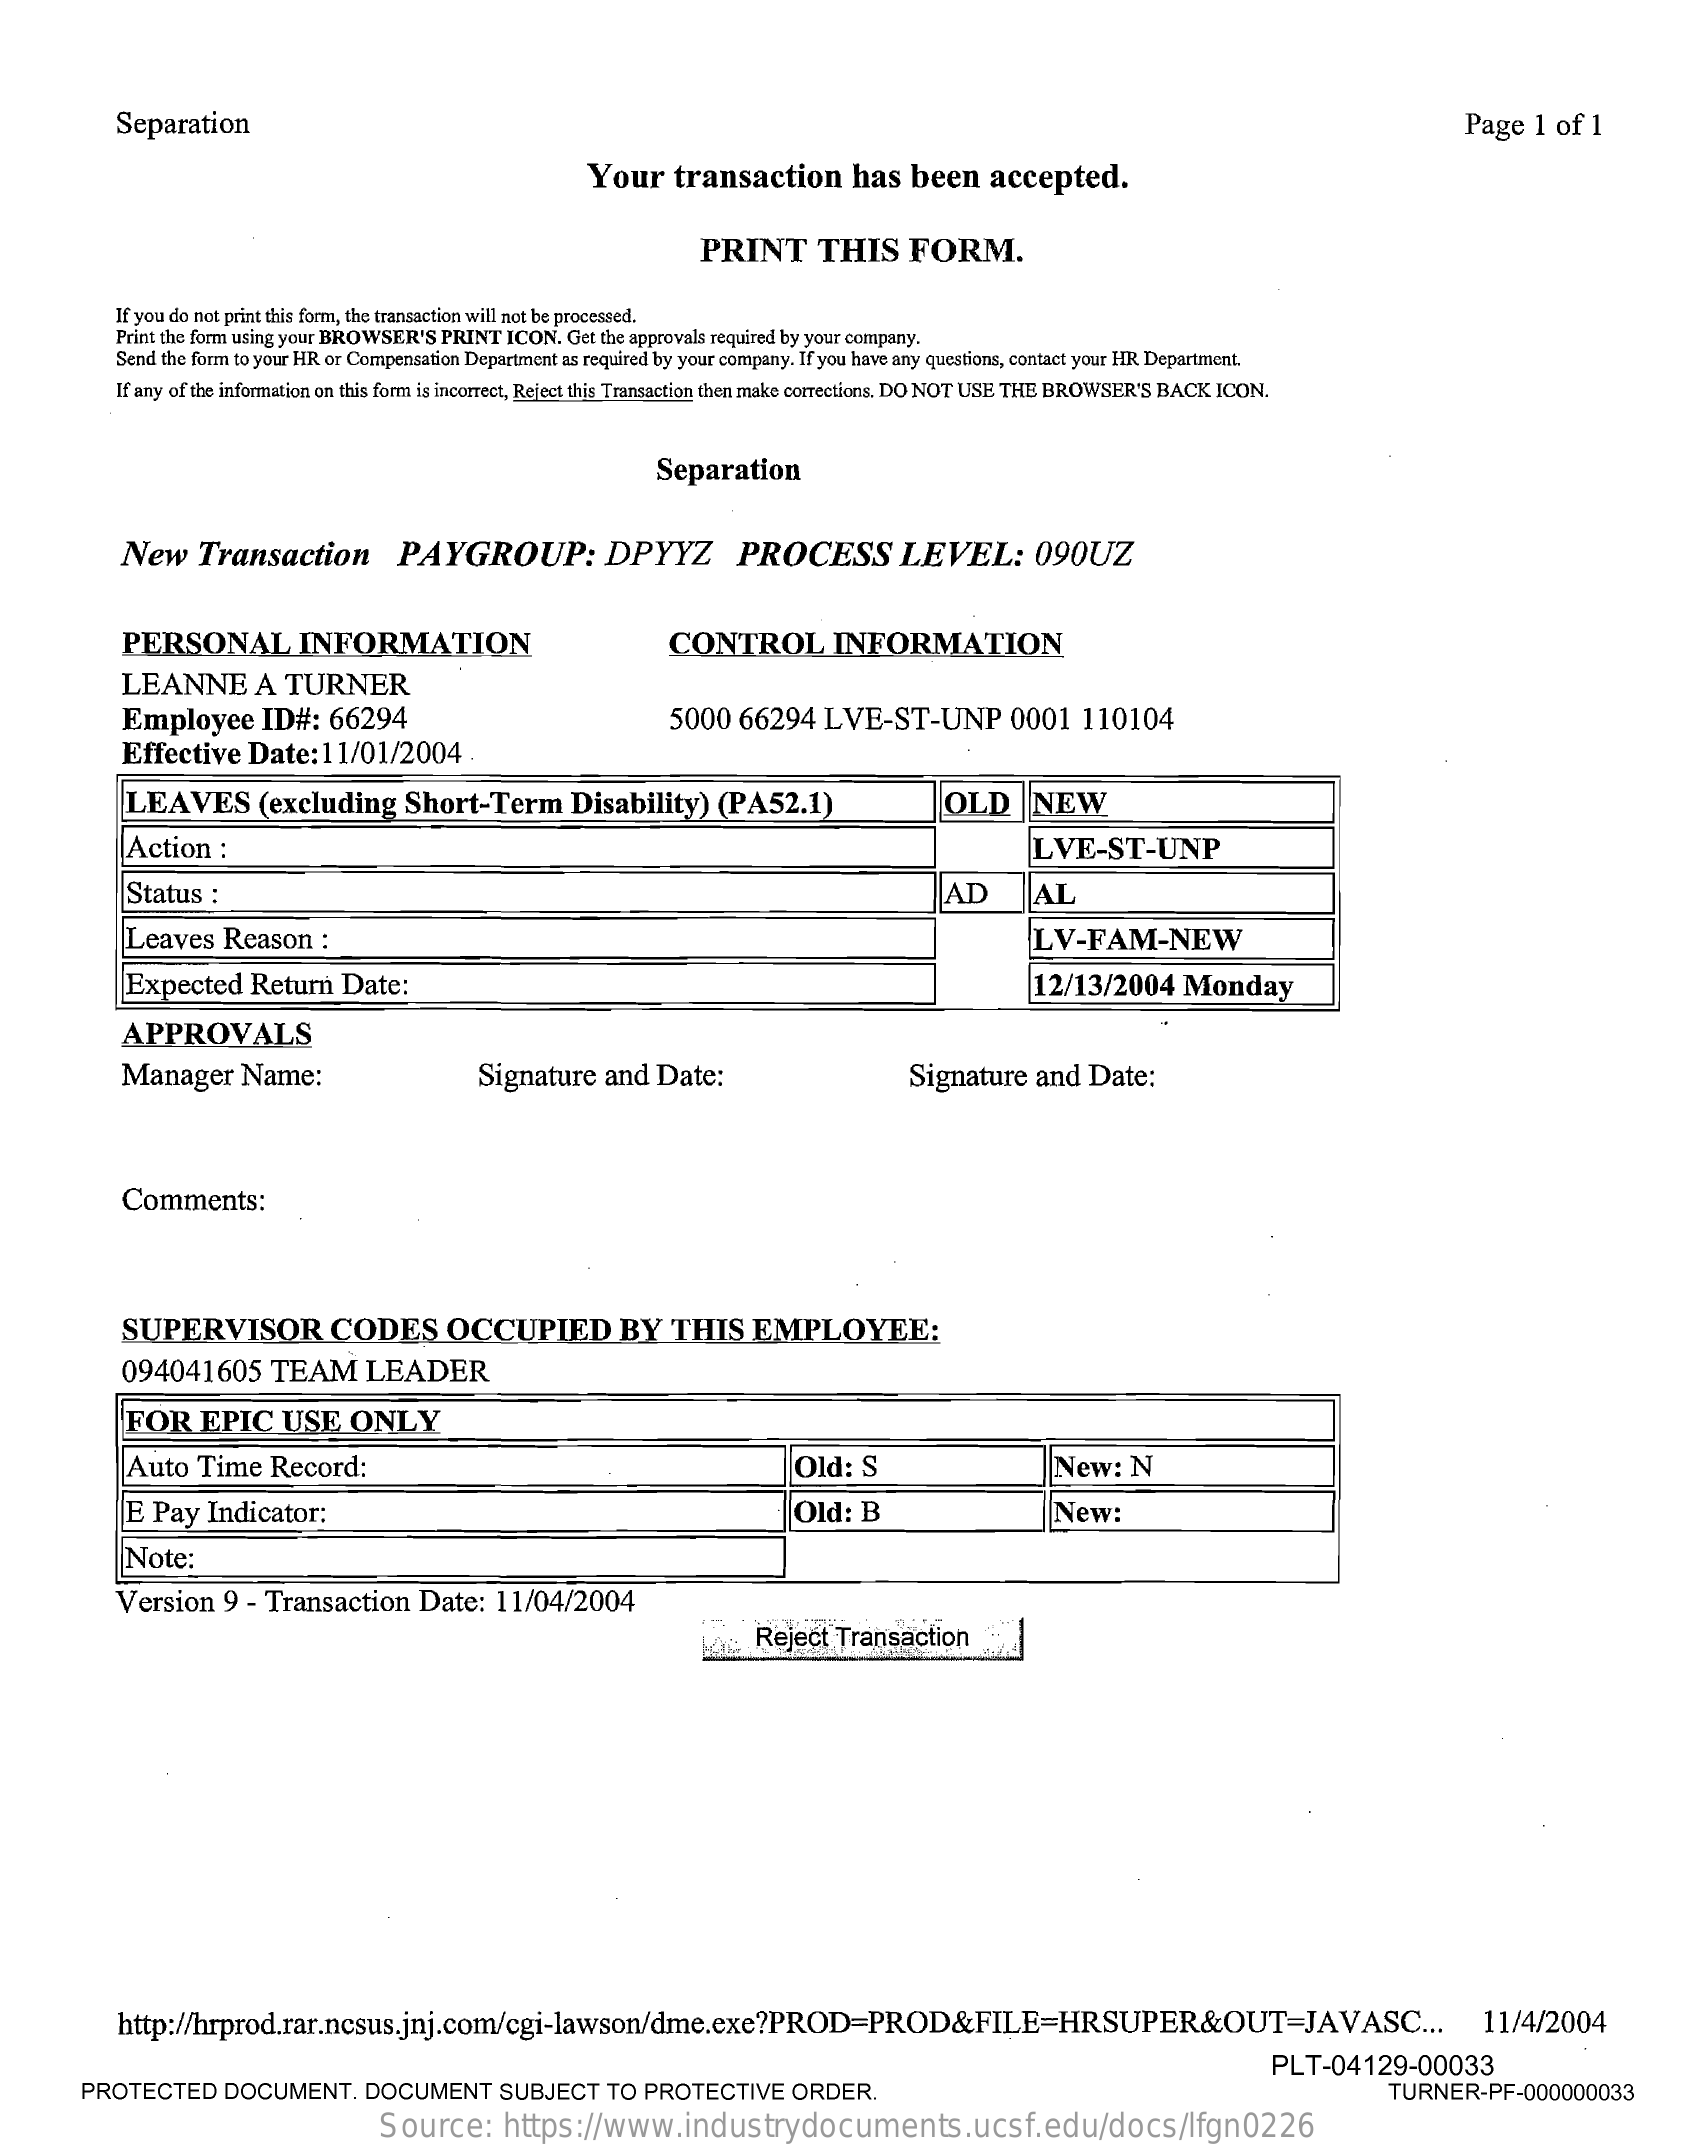
Separation    Page  1  of 1
     Your    transaction    has  been    accepted.
     PRINT    THIS    FORM.
     If you do not print this form, the transaction will not be processed.
     Print the form using your BROWSER'S PRINT ICON. Get the approvals required by your company.
     Send the form to your HR or Compensation Department as required by your company. If you have any questions, contact your HR Department.
     If any of the information on this form is incorrect, Reject this Transaction then make corrections. DO NOT USE THE BROWSER'S BACK ICON.
     Separation
     New    Transaction    PAYGROUP:    DPYYZ    PROCESS    LEVEL:    090UZ
     PERSONAL    INFORMATION    CONTROL    INFORMATION
     LEANNE    A  TURNER
     Employee    ID#:   66294
     Effective   Date:   11/01/2004
     5000   66294   LVE-ST-UNP    0001   110104
     LEAVES    (excluding    Short-Term    Disability)   (PA52.1)    OLD    NEW
     Action  :    LVE-ST-UNP
     Status  :    AD    AL
     Leaves   Reason    :    LV-FAM-NEW
     Expected   Return   Date:    12/13/2004    Monday
     APPROVALS
     Manager    Name:    Signature   and  Date:    Signature   and  Date:
     Comments:
     SUPERVISOR    CODES    OCCUPIED    BY   THIS    EMPLOYEE:
     094041605    TEAM    LEADER
     FOR   EPIC    USE   ONLY
     Auto  Time   Record:    Old:  S    New:   N
     E Pay   Indicator:    Old:  B    New:
     Note:
     Version   9 - Transaction    Date:  11/04/2004
     Reject  Transaction
     http://hrprod.rar.ncsus.jnj.com/cgi-lawson/dme.exe?PROD=PROD&FILE=HRSUPER&OUT=JAVASC    ...  11/4/2004
     PROTECTED    DOCUMENT.    DOCUMENT    SUBJECT   TO PROTECTIVE    ORDER.
     PLT-04129-00033
     TURNER-PF-000000033
     Source:    https://www.industrydocuments.ucsf.edu/docs/lfgn0226